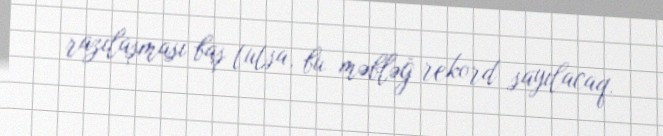
razılaşması baş tutsa, bu məbləğ rekord sayılacaq.